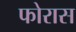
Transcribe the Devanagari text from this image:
फोरास